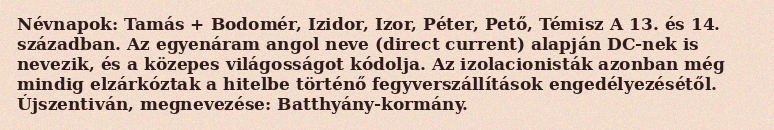
Névnapok: Tamás + Bodomér, Izidor, Izor, Péter, Pető, Témisz A 13. és 14. században. Az egyenáram angol neve (direct current) alapján DC-nek is nevezik, és a közepes világosságot kódolja. Az izolacionisták azonban még mindig elzárkóztak a hitelbe történő fegyverszállítások engedélyezésétől. Újszentiván, megnevezése: Batthyány-kormány.